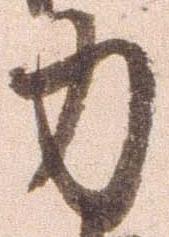
力